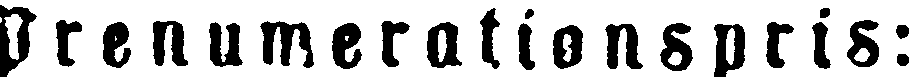
Prenumerationspris: